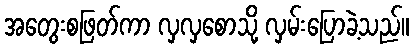
အတွေးစဖြတ်ကာ လှလှစောသို့ လှမ်းပြောခဲ့သည်။